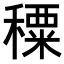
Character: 𥢕